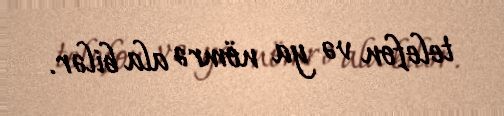
telefon və ya nömrə ala bilər.